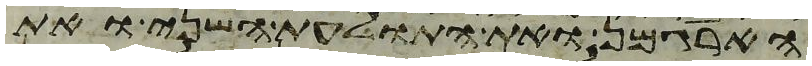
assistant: הארגמן ואת התולעת השני ואת